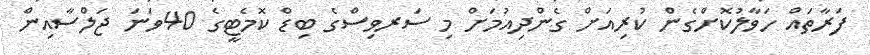
ފަރާތައް ހަވާލުކޮށްގެން ކުރިއަށް ގެންދިއުމަށް މި ސަރވިސްގެ ބިޑް ކޮމެޓީގެ 40ވަނަ ޖަލްސާއިން